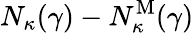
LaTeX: N_{\kappa}(\gamma)-N_{\kappa}^{\mathrm{M}}(\gamma)